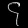
Digit: ၄